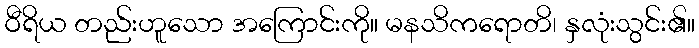
ဝီရိယ တည်းဟူသော အကြောင်းကို။ မနသိကရောတိ၊ နှလုံးသွင်း၏။